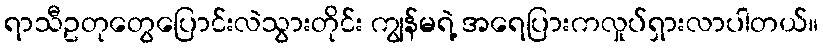
ရာသီဥတုတွေပြောင်းလဲသွားတိုင်း ကျွန်မရဲ့ အရေပြားကလှုပ်ရှားလာပါတယ်။